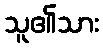
သူ၏သား